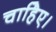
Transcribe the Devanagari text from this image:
चाहिेए।